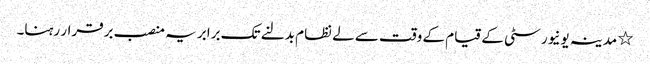
٭ مدینہ یونیورسٹی کے قیام کے وقت سے لے نظام بدلنے تک برابر یہ منصب برقرار رہنا۔